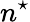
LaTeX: n^{\star}